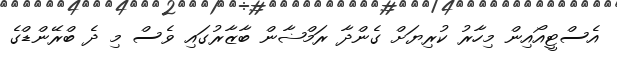
އެސްޓީއޯއިން މިހާރު ކުރިޔަށް ގެންދާ ރަމްޟާން ބާޒާރުގައި ވެސް މި ދެ ބްރޭންޑްގެ